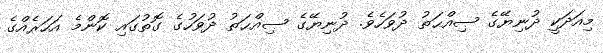
މިއަދަކީ ދުނިޔޭގެ ޞިއްޙަތު ދުވަހެވެ. ދުނިޔޭގެ ޞިއްޙަތު ދުވަހުގެ ގޮތުގައި ކޮންމެ އަހަރެއްގެ